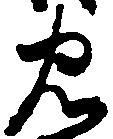
忠